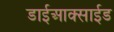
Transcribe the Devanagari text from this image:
डाईआक्साईड